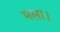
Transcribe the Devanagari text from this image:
भला।